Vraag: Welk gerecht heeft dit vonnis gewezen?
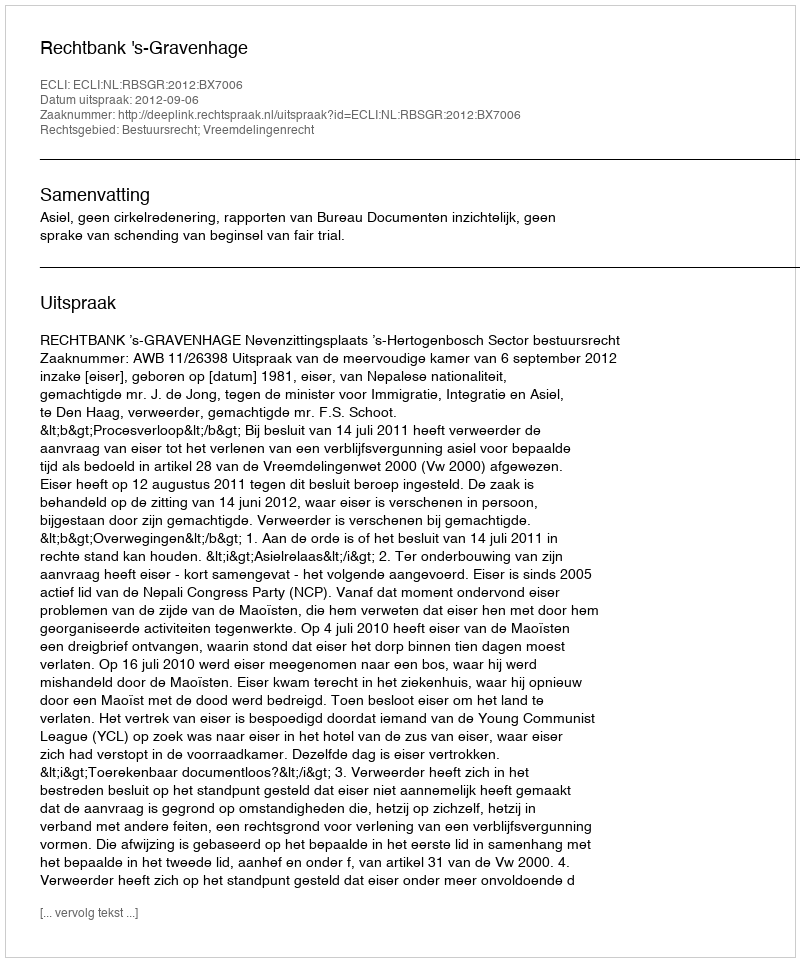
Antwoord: Rechtbank 's-Gravenhage